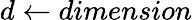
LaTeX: d\gets\textit{dimension}